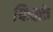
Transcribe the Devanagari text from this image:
फिक्के